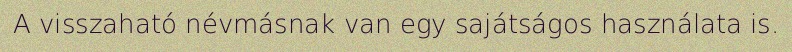
A visszaható névmásnak van egy sajátságos használata is.